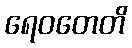
ရေဝတေတိ